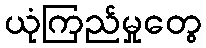
ယုံကြည်မှုတွေ